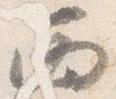
西